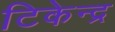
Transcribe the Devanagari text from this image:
टिकेन्द्र